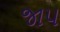
જાપ